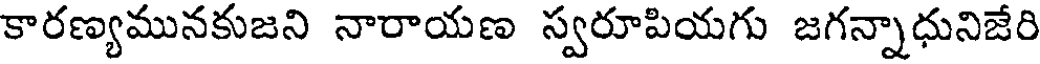
కారణ్యమునకుజని నారాయణ స్వరూపియగు జగన్నాధునిజేరి